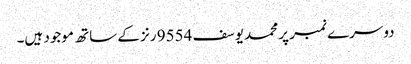
دوسرے نمبر پر محمد یوسف 9554 رنز کے ساتھ موجود ہیں۔